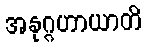
အနုဂ္ဂဟာယာတိ